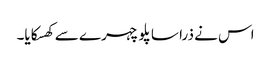
اس نے ذرا سا پلو چہرے سے کھسکایا۔